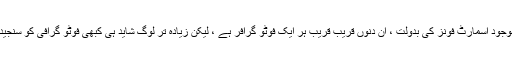
ہماری جیب میں موجود اسمارٹ فونز کی بدولت ، ان دنوں قریب قریب ہر ایک فوٹو گرافر ہے ، لیکن زیادہ تر لوگ شاید ہی کبھی فوٹو گرافی کو سنجیدگی سے لیتے ہیں۔